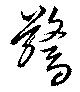
驚